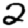
Digit: 2